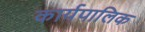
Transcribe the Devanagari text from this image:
कार्यपालिक